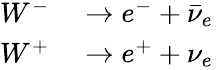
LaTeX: \begin{array}{rl}{W^{-}}&{{}\to e^{-}+{\bar{\nu}}_{e}~}\\ {W^{+}}&{{}\to e^{+}+\nu_{e}~}\end{array}